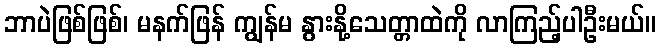
ဘာပဲဖြစ်ဖြစ်၊ မနက်ဖြန် ကျွန်မ နွားနို့သေတ္တာထဲကို လာကြည့်ပါဦးမယ်။